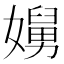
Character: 𭒥